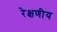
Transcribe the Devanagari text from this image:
रेक्षणीय